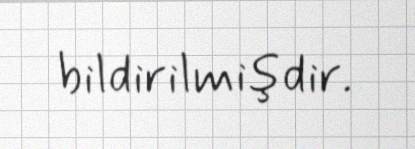
bildirilmişdir.